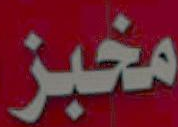
مخبز